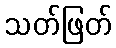
သတ်ဖြတ်